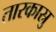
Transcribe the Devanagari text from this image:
तारकास्रु